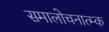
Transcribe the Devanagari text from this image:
समालोचनात्म्क